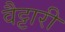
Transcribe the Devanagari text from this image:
वैट्टारी